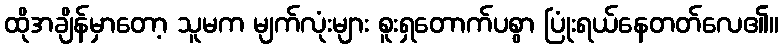
ထိုအချိန်မှာတော့ သူမက မျက်လုံးများ စူးရှတောက်ပစွာ ပြုံးရယ်နေတတ်လေ၏။